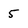
Character: 5